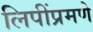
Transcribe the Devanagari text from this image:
लिपींप्रमणे